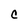
Character: C